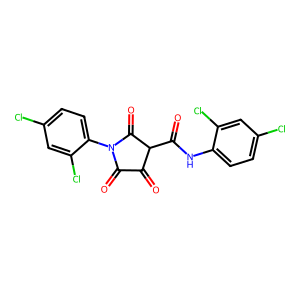
SMILES: O=C(Nc1ccc(Cl)cc1Cl)C1C(=O)C(=O)N(c2ccc(Cl)cc2Cl)C1=O
Inhibits HIV replication: No